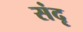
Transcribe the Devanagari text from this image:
संदृ